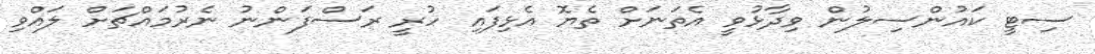
ސިޓީ ކައުންސިލުން ވިދާޅުވީ އެތަނަށް ތެޔޮ އެޅިފައި ހުރީ ރަސްފަންނު ނެރުމައްޗަށް ލައްވި